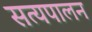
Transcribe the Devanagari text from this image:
सत्यपालन